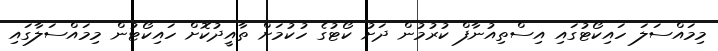
މިމައްސަލަ ހައިކޯޓުގަައި އިސްތިއުނާފް ކުރުމުން ދަށު ކޯޓުގެ ހުކުމަށް ތާއީދުކޮށް ހައިކޯޓުން މިމައްސަލާގައި